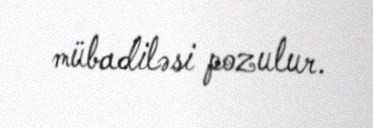
mübadiləsi pozulur.